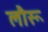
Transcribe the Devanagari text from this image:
लौरू